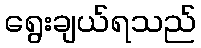
ရွေးချယ်ရသည်